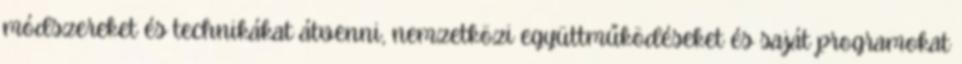
módszereket és technikákat átvenni, nemzetközi együttműködéseket és saját programokat